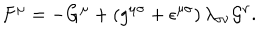
LaTeX: F ^ { \mu } = - G ^ { \mu } + \left( g ^ { { \mu } { \sigma } } + { \epsilon } ^ { { \mu } { \sigma } } \right) { \lambda } _ { { \sigma } { \nu } } { \cal G } ^ { \nu } .